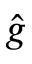
\widehat g